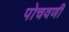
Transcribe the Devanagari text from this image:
पोचवणी